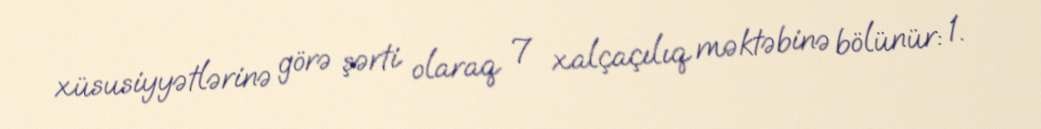
xüsusiyyətlərinə görə şərti olaraq 7 xalçaçılıq məktəbinə bölünür: 1.